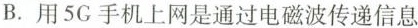
B. 用5G 手机上网是通过电磁波传递信息